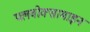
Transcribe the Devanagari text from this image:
फ्लवोक्सामाइन